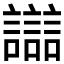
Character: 𧭛